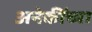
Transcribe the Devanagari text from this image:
अनेकींच्या